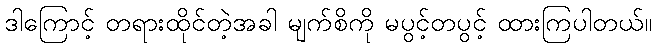
ဒါကြောင့် တရားထိုင်တဲ့အခါ မျက်စိကို မပွင့်တပွင့် ထားကြပါတယ်။